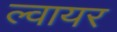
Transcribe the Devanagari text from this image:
ल्वायर